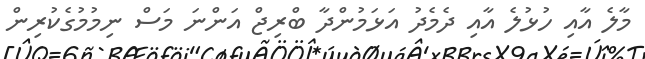
މާލެ އާއި ހުޅުލެ އާއި ދެމެދު އަޅަމުންދާ ބްރިޖް އަންނަ މަސް ނިމުމުގެކުރިން